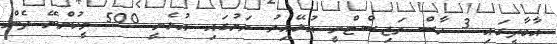
އާބާދީގައި 3 ހާސް ރަޖިސްޓްރީ އުޅޭއިރު ރަށުގައި އުޅެނީ 500 މީހުންނޭ ދެން